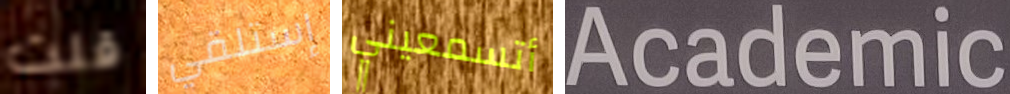
قلت إستلقي أتسمعيني Academic